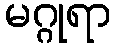
မဂ္ဂုရာ